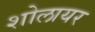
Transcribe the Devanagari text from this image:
शोलायर